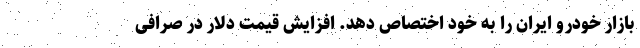
بازار خودرو ایران را به خود اختصاص دهد. افزایش قیمت دلار در صرافی